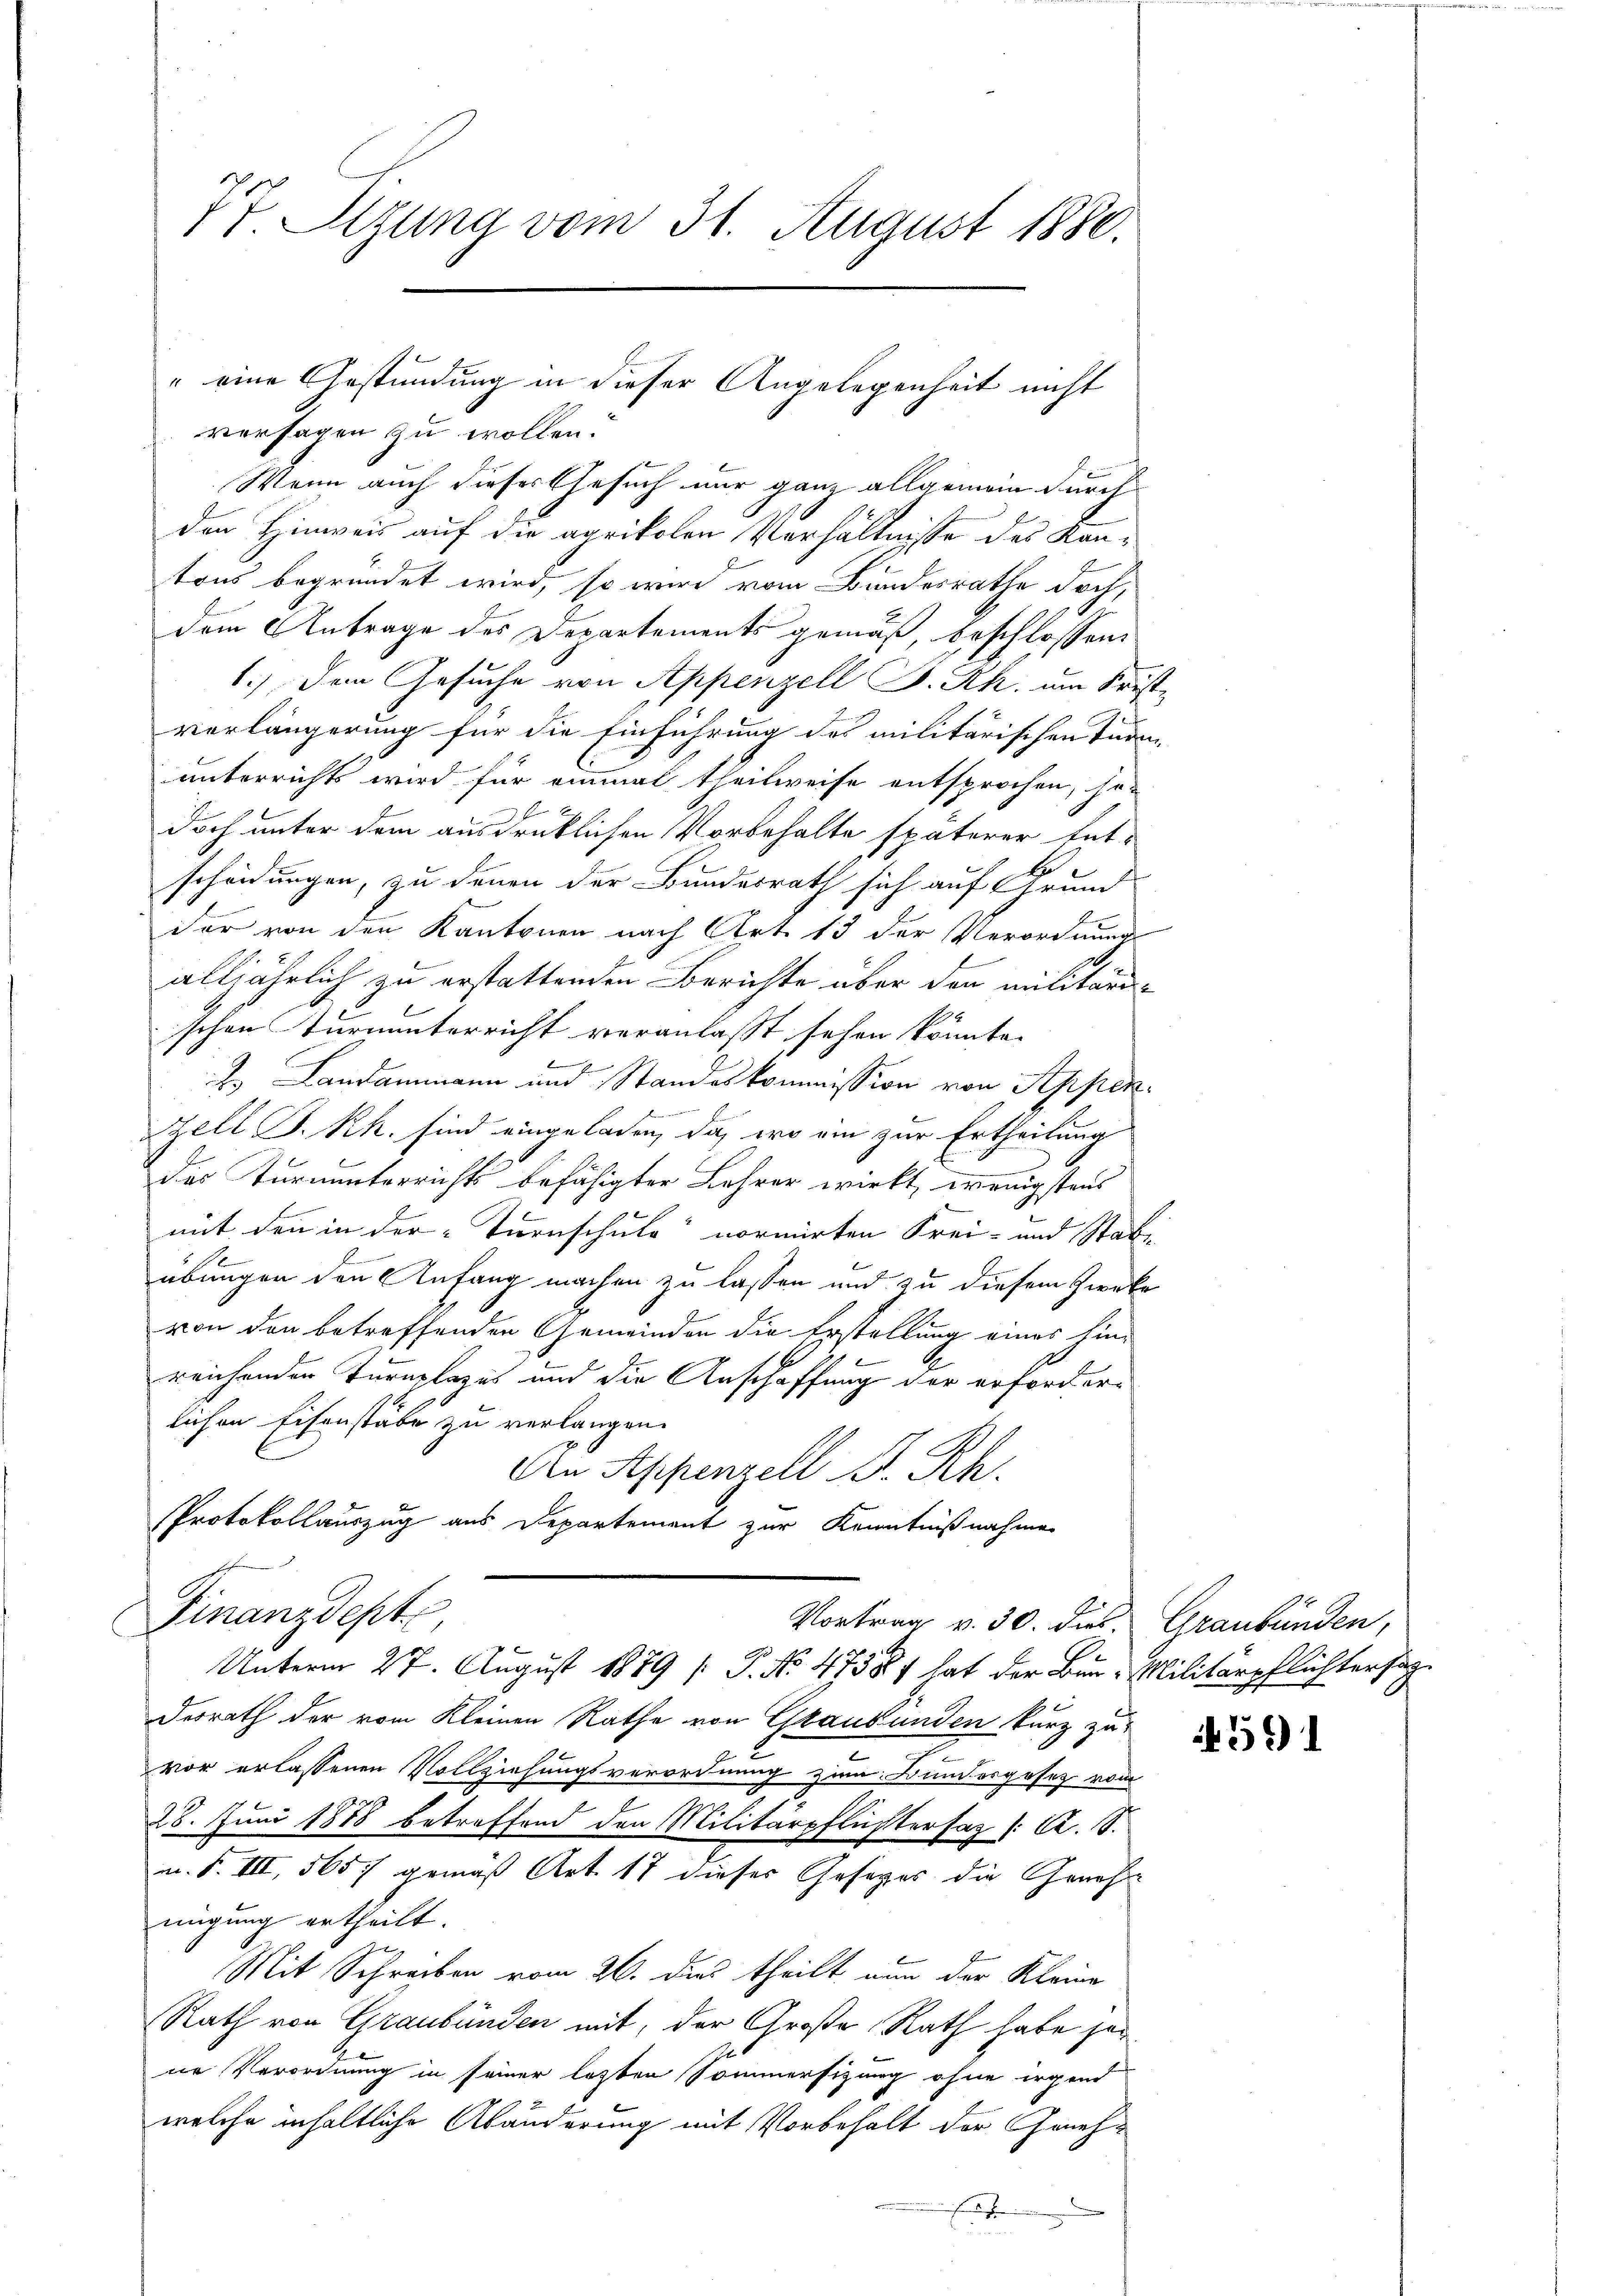
77. Sizung vom 31. August 1880.

versagen zu wollen.
Wenn auch dieses Gesuch nur ganz allgemein durch
den Hinweis auf die aprikolen Verhältnisse des Kantons begründet wird, so wird vom Bundesrathe doch,
dem Antrage des Departements gemäß, beschlossen:
1.) Dem Gesuche von Appenzell P. Rh. um Freverlängerung für die Einführung des militärischen Tur
unterrichts wird für einmal theilweise entsprochen, so-
doch unter dem ausdrüklichen Vorbehalte späterer Ent-
B
scheidungen, zu denen der Bundesrath sich auf Grund
dar von den Kantonen nach Art. 13 der Verordnung
alljährlich zu erstattenden Berichte über den militari
96
schen Turnunterricht veranlasst sehen konnte.
e
7
J. Landammann und Standeskommission von Appen
Zell I.Rh. sind eingeladen, da, wo ein zur Ertheilung
das Turnunterrichts befähigter Lehrer wirkt, wenigstens
mit den in der Turnschule“ normirten Frei- und Statt
übungen den Anfang machen zu lassen und zu diesem Zweck
von den betreffenden Gemeinden die Erstellung eines hinreichender Turnplazes und die Anschaffung der erforderlichen Eisenstäbe zu verlangen.
An Seppenzell A. Rh.
Protokollauszug aus Departement zur Kenntnißnahme
Finanzdepte
Vortrag v. 30. dies Graubünden,
Unterm 27. August 1889 [ P. No 4758 hat der Bur-Militärpflichtersag
desrath der vom Kleinen Rathe von Graubünden kurz zu
J
2
vor erlassenen Vollziehungsverordnung zum Bundesgesetz vom
28. Juni 1878 betreffend den Militärpflichtersag (C. S.
n. F. III, 5657 gemäß Art. 17 dieses Gesetzes die Genehm
migung ertheilt.
Mit Schreiben vom 26. dies theilt nun der Kleine
Rath von Graubünden mit, der Große Rath habe jene Verordnung in seiner letzten Sommersizung ohne irgend
welche inhaltliche Abänderung mit Vorbehalt der Geneh¬
.

" eine Gestündung in dieser Angelegenheit nicht

if. 591